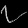
Digit: ၇